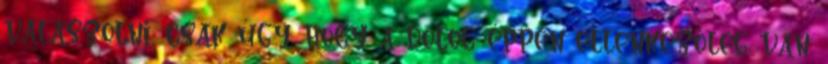
válaszolni, csak úgy, hogy a dolog éppen ellenkezőleg van.